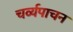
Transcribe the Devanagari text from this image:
चर्व्यपाचन